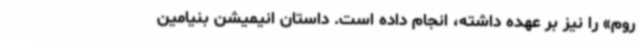
روم» را نیز بر عهده داشته، انجام داده است. داستان انیمیشن بنیامین